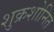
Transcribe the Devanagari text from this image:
शुक्रशोनित